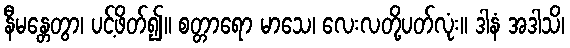
နီမန္တေတွာ၊ ပင့်ဖိတ်၍။ စတ္တာရော မာသေ၊ လေးလတို့ပတ်လုံး။ ဒါနံ အဒါသိ၊